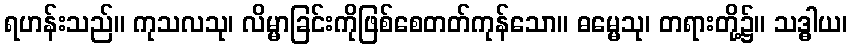
ရဟန်းသည်။ ကုသလသု၊ လိမ္မာခြင်းကိုဖြစ်စေတတ်ကုန်သော။ ဓမ္မေသု၊ တရားတို့၌။ သဒ္ဓါယ၊